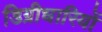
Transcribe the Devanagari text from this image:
डिग्रीधारियों